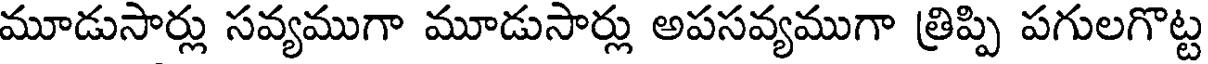
మూడుసార్లు సవ్యముగా మూడుసార్లు అపసవ్యముగా త్రిప్పి పగులగొట్ట